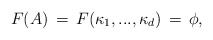
\begin{align*}F(A)\,=\,F(\kappa_1,...,\kappa_d)\,=\,\phi,\end{align*}